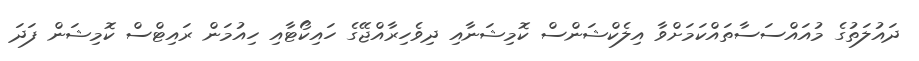
ދައުލަތުގެ މުއައްސަސާތައްކަމަށްވާ އިލެކްޝަންސް ކޮމިޝަނާއި ދިވެހިރާއްޖޭގެ ހައިކޯޓާއި ހިއުމަން ރައިޓްސް ކޮމިޝަން ފަދަ